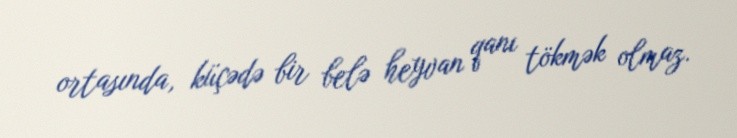
ortasında, küçədə bir belə heyvan qanı tökmək olmaz.